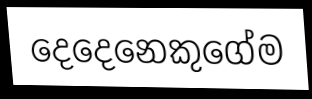
දෙදෙනෙකුගේම